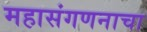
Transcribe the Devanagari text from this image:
महासंगणनाचा